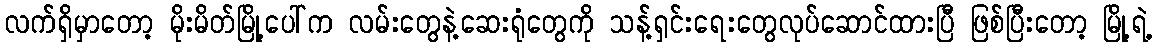
လက်ရှိမှာတော့ မိုးမိတ်မြို့ပေါ်က လမ်းတွေနဲ့ဆေးရုံတွေကို သန့်ရှင်းရေးတွေလုပ်ဆောင်ထားပြီ ဖြစ်ပြီးတော့ မြို့ရဲ့